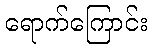
ရောက်ကြောင်း